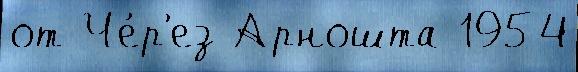
от Че́р'ез Арношта 1954